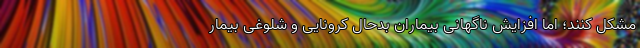
مشکل کنند؛ اما افزایش ناگهانی بیماران بدحال کرونایی و شلوغی بیمار